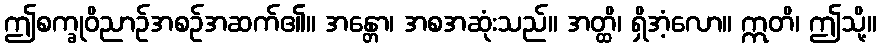
ဤစက္ခုဝိညာဉ်အစဉ်အဆက်၏။ အန္တော၊ အစအဆုံးသည်။ အတ္ထိ၊ ရှိအံ့လော။ ဣတိ၊ ဤသို့။